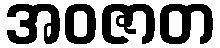
အဝဇာတ